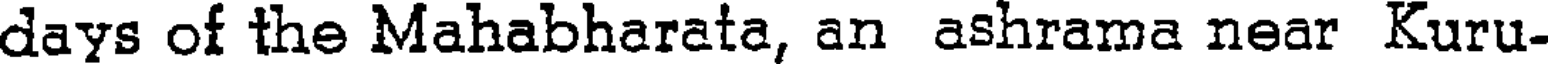
days of the Mahabharata, an ashrama near Kuru-